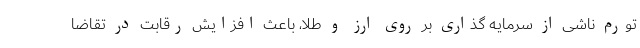
تورم ناشی از سرمایه گذاری بر روی ارز و طلا، باعث افزایش رقابت در تقاضا